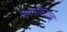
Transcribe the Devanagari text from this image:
महाराच्याच